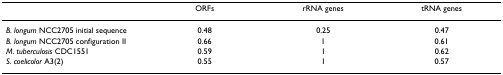
|  | ORFs | rRNA genes | tRNA genes |
 | --- | --- | --- | --- |
 | B. longum NCC2705 initial sequence | 0.48 | 0.25 | 0.47 |
 | B. longum NCC2705 configuration II | 0.66 | 1 | 0.61 |
 | M. tuberculosis CDC1551 | 0.59 | 1 | 0.62 |
 | S. coelicolor A3(2) | 0.55 | 1 | 0.57 |